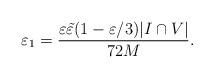
LaTeX: \begin{align*}\varepsilon_1 = \frac{\varepsilon\tilde{\varepsilon}(1-\varepsilon/3) | I\cap V|}{72 M}.\end{align*}